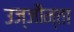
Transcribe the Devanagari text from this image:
उज्‍जौन्ता